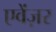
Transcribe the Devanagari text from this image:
एवेंज़र